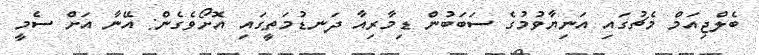
ބެލްޖިއަމް މެޗުގައި އަނިޔާވުމުގެ ސަބަބުން ޑިމާރިއާ ދަނޑުމަތީގައި އޮށޯވެގެން: އޭނާ އަށް ސެމީ